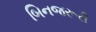
બિનજરૂરી